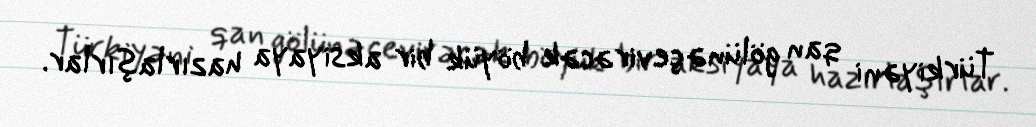
Türkiyəni qan gölünə çevirəcək böyük bir aksiyaya hazırlaşırlar.